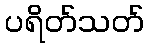
ပရိတ်သတ်